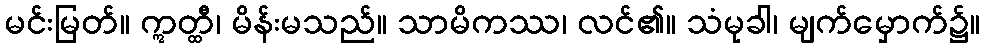
မင်းမြတ်။ ဣတ္ထီ၊ မိန်းမသည်။ သာမိကဿ၊ လင်၏။ သံမုခါ၊ မျက်မှောက်၌။